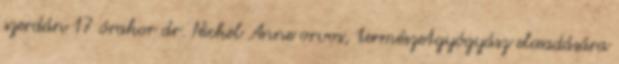
szerdán 17 órakor dr. Nickel Anne orvos, természetgyógyász elœadására